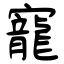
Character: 寵